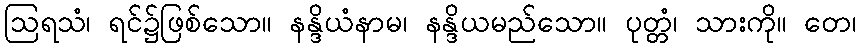
ဩရသံ၊ ရင်၌ဖြစ်သော။ နန္ဒိယံနာမ၊ နန္ဒိယမည်သော။ ပုတ္တံ၊ သားကို။ တေ၊